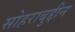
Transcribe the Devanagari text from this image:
सोहराबुद्दीन